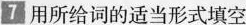
7 用所给词的适当形式填空